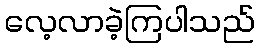
လေ့လာခဲ့ကြပါသည်